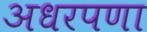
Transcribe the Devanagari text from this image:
अधरपणा